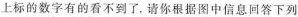
上标的数字有的看不到了，请你根据图中信息回答下列